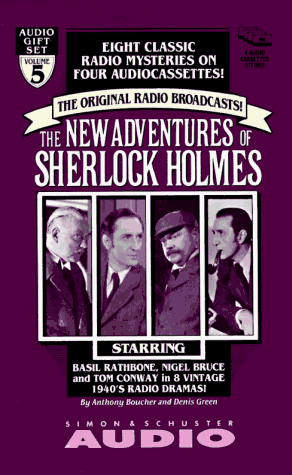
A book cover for The New Adventures of Sherlock Holmes, Vol. 5 : The Original Radio Broadcasts!; Anthony Boucher; Humor & Entertainment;